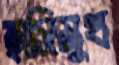
হাসিমুখ